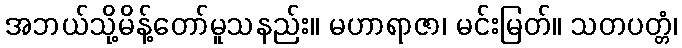
အဘယ်သို့မိန့်တော်မူသနည်း။ မဟာရာဇာ၊ မင်းမြတ်။ သတပတ္တံ၊